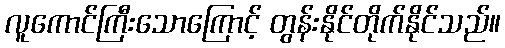
လူကောင်ကြီးသောကြောင့် တွန်းနိုင်တိုက်နိုင်သည်။